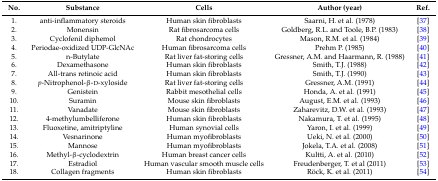
<table><thead><tr><td><b>No.</b></td><td><b>Substance</b></td><td><b>Cells</b></td><td><b>Author (year)</b></td><td><b>Ref.</b></td></tr></thead><tbody><tr><td>1.</td><td>anti-inflammatory steroids</td><td>Human skin fibroblasts</td><td>Saarni, H. et al. (1978)</td><td>[37]</td></tr><tr><td>2.</td><td>Monensin</td><td>Rat fibrosarcoma cells</td><td>Goldberg, R.L. and Toole, B.P. (1983)</td><td>[38]</td></tr><tr><td>3.</td><td>Cyclofenil diphemol</td><td>Rat chondrocytes</td><td>Mason, R.M. et al. (1984)</td><td>[39]</td></tr><tr><td>4.</td><td>Periodae-oxidized UDP-GlcNAc</td><td>Human fibrosarcoma cells</td><td>Prehm P. (1985)</td><td>[40]</td></tr><tr><td>5.</td><td>n-Butylate</td><td>Rat liver fat-storing cells</td><td>Gressner, A.M. and Haarmann, R. (1988)</td><td>[41]</td></tr><tr><td>6.</td><td>Dexamethasone</td><td>Human skin fibroblasts</td><td>Smith, T.J. (1988)</td><td>[42]</td></tr><tr><td>7.</td><td>All-trans retinoic acid</td><td>Human skin fibroblasts</td><td>Smith, T.J. (1990)</td><td>[43]</td></tr><tr><td>8.</td><td><i>p</i>-Nitrophenol-β-d-xyloside</td><td>Rat liver fat-storing cells</td><td>Gressner, A.M. (1991)</td><td>[44]</td></tr><tr><td>9.</td><td>Genistein</td><td>Rabbit mesothelial cells</td><td>Honda, A. et al. (1991)</td><td>[45]</td></tr><tr><td>10.</td><td>Suramin</td><td>Mouse skin fibroblasts</td><td>August, E.M. et al. (1993)</td><td>[46]</td></tr><tr><td>11.</td><td>Vanadate</td><td>Mouse skin fibroblasts</td><td>Zaharevitz, D.W. et al. (1993)</td><td>[47]</td></tr><tr><td>12.</td><td>4-methylumbelliferone</td><td>Human skin fibroblasts</td><td>Nakamura, T. et al. (1995)</td><td>[48]</td></tr><tr><td>13.</td><td>Fluoxetine, amitriptyline</td><td>Human synovial cells</td><td>Yaron, I. et al. (1999)</td><td>[49]</td></tr><tr><td>14.</td><td>Vesnarinone</td><td>Human myofibroblasts</td><td>Ueki, N. et al. (2000)</td><td>[50]</td></tr><tr><td>15.</td><td>Mannose</td><td>Human myofibroblasts</td><td>Jokela, T.A. et al. (2008)</td><td>[51]</td></tr><tr><td>16.</td><td>Methyl-β-cyclodextrin</td><td>Human breast cancer cells</td><td>Kultti, A. et al. (2010)</td><td>[52]</td></tr><tr><td>17.</td><td>Estradiol</td><td>Human vascular smooth muscle cells</td><td>Freudenberger, T. et al (2011)</td><td>[53]</td></tr><tr><td>18.</td><td>Collagen fragments</td><td>Human skin fibroblasts</td><td>Röck, K. et al. (2011)</td><td>[54]</td></tr></tbody></table>